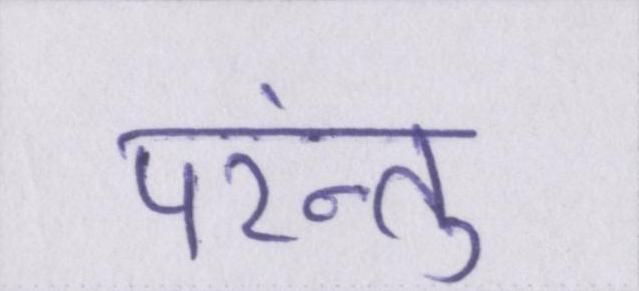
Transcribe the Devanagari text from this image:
परंन्तु